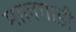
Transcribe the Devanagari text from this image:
मालगाडी